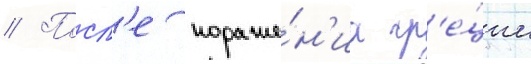
// Посл'е пораже́н'иа гр'е́ции